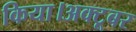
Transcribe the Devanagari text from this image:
किया।अक्टूबर